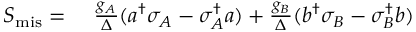
\begin{array} { r l } { S _ { \mathrm { m i s } } = } & { { } ~ \frac { g _ { A } } { \Delta } ( a ^ { \dagger } \sigma _ { A } - \sigma _ { A } ^ { \dagger } a ) + \frac { g _ { B } } { \Delta } ( b ^ { \dagger } \sigma _ { B } - \sigma _ { B } ^ { \dagger } b ) } \end{array}